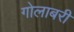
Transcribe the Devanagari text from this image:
गोलाबरी